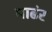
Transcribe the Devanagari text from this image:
माढंर